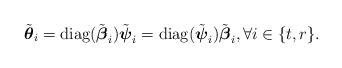
LaTeX: \begin{align*} \tilde{\boldsymbol{\theta}}_i = \mathrm{diag} (\tilde{\boldsymbol{\beta}}_i) \tilde{\boldsymbol{\psi}}_i = \mathrm{diag} (\tilde{\boldsymbol{\psi}}_i) \tilde{\boldsymbol{\beta}}_i, \forall i \in \{t,r\}.\end{align*}